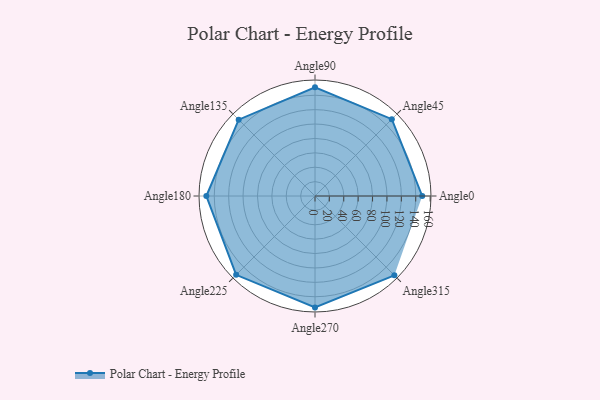
{"axis": {"x": "Angle", "y": "Radius"}, "legend": [""], "data": [{"x": "Angle0", "y": 149.0, "type": ""}, {"x": "Angle45", "y": 151.0, "type": ""}, {"x": "Angle90", "y": 151.0, "type": ""}, {"x": "Angle135", "y": 150.0, "type": ""}, {"x": "Angle180", "y": 151.0, "type": ""}, {"x": "Angle225", "y": 155.0, "type": ""}, {"x": "Angle270", "y": 155.0, "type": ""}, {"x": "Angle315", "y": 156.0, "type": ""}]}